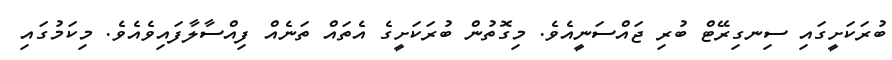
ބުރަކަށީގައި ސިނގިރޭޓް ބުރި ޖައްސަނީއެވެ. މިގޮތުން ބުރަކަށީގެ އެތައް ތަނެއް ފިއްސާލާފައިވެއެވެ. މިކަމުގައި